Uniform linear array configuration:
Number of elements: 16
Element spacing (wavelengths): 0.75
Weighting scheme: blackman
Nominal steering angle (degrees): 0
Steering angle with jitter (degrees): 0.1026
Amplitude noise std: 0.05
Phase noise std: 0.05

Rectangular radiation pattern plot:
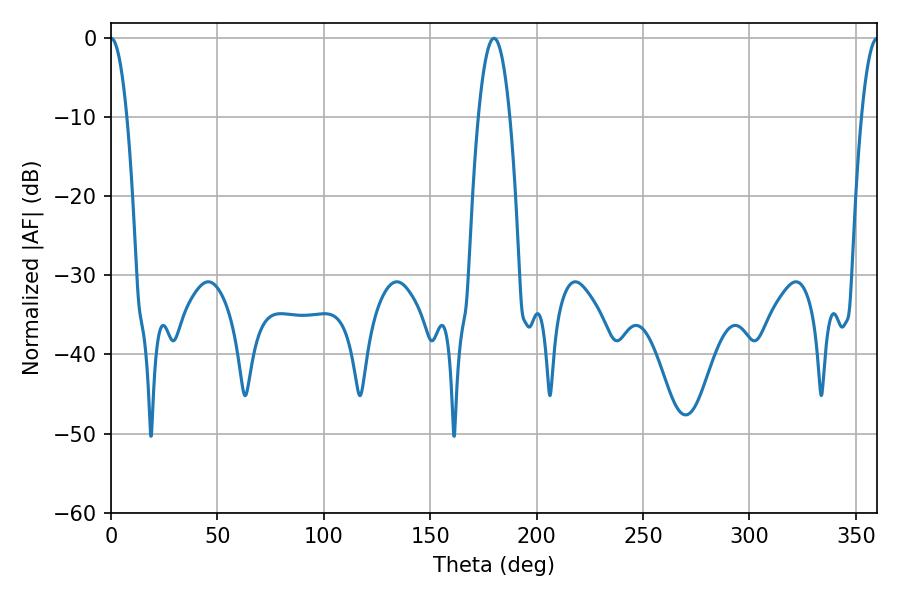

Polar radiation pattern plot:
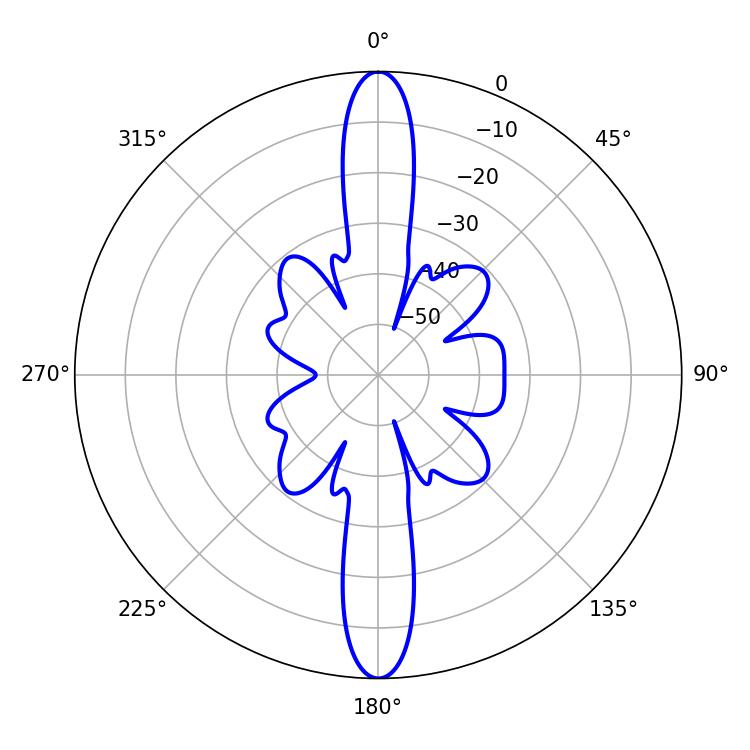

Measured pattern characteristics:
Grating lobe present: TRUE
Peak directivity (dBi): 37.973
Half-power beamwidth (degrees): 4.14
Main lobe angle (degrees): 0